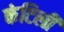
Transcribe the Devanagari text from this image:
कंटिली